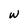
Character: W